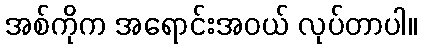
အစ်ကိုက အရောင်းအဝယ် လုပ်တာပါ။